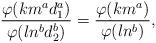
LaTeX: \begin{align*}\frac{\varphi(km^ad_1^a)}{\varphi(ln^bd_2^b)}=\frac{\varphi(km^a)}{\varphi(ln^b)},\end{align*}